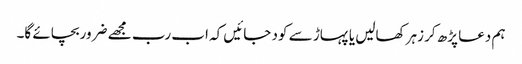
ہم دعا پڑھ کر زہرکھالیں یا پہاڑ سے کود جائیں کہ اب رب مجھے ضروربچائے گا۔